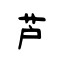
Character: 芦